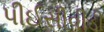
પીઈસીવીડી